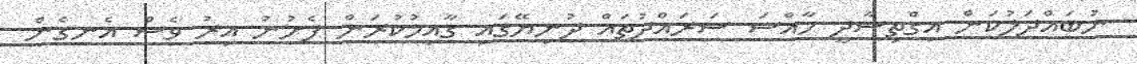
ނުބައްދަލުކަން އިގްތިސާދީ ހާއްސަ ސަރައްދުތައް ދުނިޔޭގައި ގާއިމުކުރަން ފެށުނު އިރު ވެސް އެނގެން